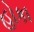
હોકા